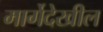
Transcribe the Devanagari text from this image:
मार्गेदेखील